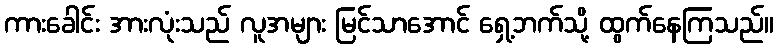
ကားခေါင်း အားလုံးသည် လူအများ မြင်သာအောင် ရှေ့ဘက်သို့ ထွက်နေကြသည်။